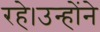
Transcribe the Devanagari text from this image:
रहे।उन्होंने